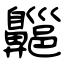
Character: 齆